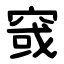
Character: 窢